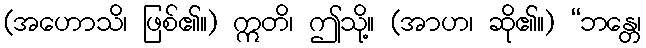
(အဟောသိ၊ ဖြစ်၏။) ဣတိ၊ ဤသို့။ (အာဟ၊ ဆို၏။) “ဘန္တေ၊